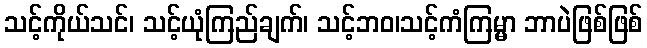
သင့်ကိုယ်သင်၊ သင့်ယုံကြည်ချက်၊ သင့်ဘဝ၊သင့်ကံကြမ္မာ ဘာပဲဖြစ်ဖြစ်